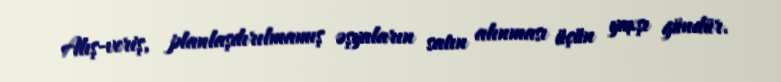
Alış-veriş, planlaşdırılmamış əşyaların satın alınması üçün yaxşı gündür.